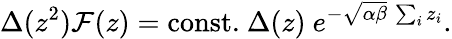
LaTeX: \Delta(z^{2}){\cal F}(z)=\mathrm{const.}~\Delta(z)~e^{-\sqrt{\alpha\beta}~\sum_{i}z_{i}}.